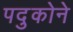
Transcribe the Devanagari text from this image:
पदुकोने